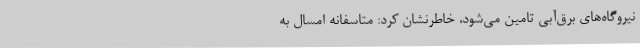
نیروگاه‌های برق‌آبی تامین می‌شود، خاطرنشان کرد: متاسفانه امسال به